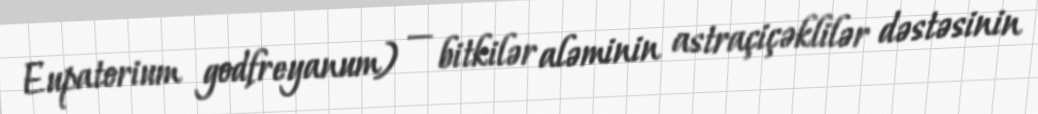
Eupatorium godfreyanum) — bitkilər aləminin astraçiçəklilər dəstəsinin